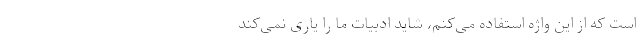
است که از این واژه استفاده می‌کنم، شاید ادبیات ما را یاری نمی‌کند